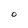
Character: O